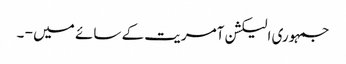
جمہوری الیکشن آمریت کے سائے میں - ۔